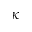
\kappa